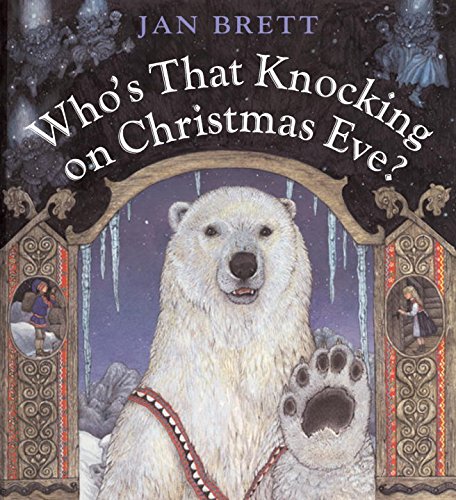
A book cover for Who's That Knocking on Christmas Eve?; Jan Brett; Children's Books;